Annual report of the Imperial Bacteriological Laboratory, Muktesar
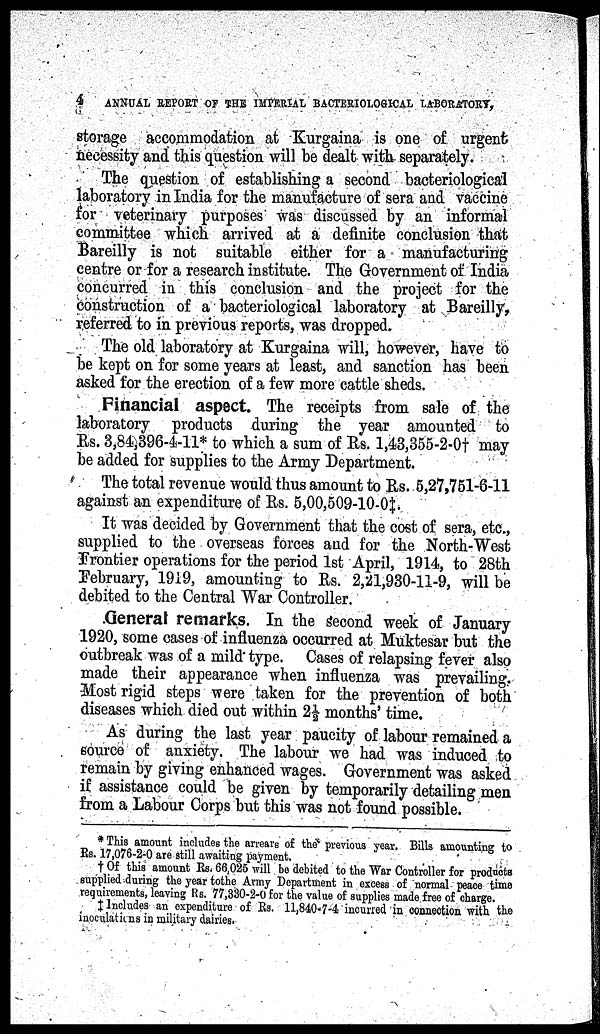
4
ANNUAL REPORT OF THE IMPERIAL BACTERIOLOGICAL LABORATORY,
storage accommodation at Kurgaina is one of urgent
necessity and this question will be dealt with separately.
The question of establishing a second bacteriological
laboratory in India for the manufacture of sera and vaccine
for veterinary purposes was discussed by an informal
committee which arrived at a definite conclusion that
Bareilly is not suitable either for a manufacturing
centre or for a research institute. The Government of India
concurred in this conclusion and the project for the
construction of a bacteriological laboratory at Bareilly,
referred to in previous reports, was dropped.
The old laboratory at Kurgaina will, however, have to
be kept on for some years at least, and sanction has been
asked for the erection of a few more cattle sheds.
Financial aspect. The receipts from sale of the
laboratory products during the year amounted to
Rs. 3,84,396-4-11* to which a sum of Rs. 1,43,355-2-0† may
be added for supplies to the Army Department.
The total revenue would thus amount to Rs. 5,27,751-6-11
against an expenditure of Rs. 5,00,509-10-0‡.
It was decided by Government that the cost of sera, etc.,
supplied to the overseas forces and for the North-West
Frontier operations for the period 1st April, 1914, to 28th
February, 1919, amounting to Rs. 2,21,930-11-9, will be
debited to the Central War Controller.
General remarks. In the second week of January
1920, some cases of influenza occurred at Muktesar but the
outbreak was of a mild type. Cases of relapsing fever also
made their appearance when influenza was prevailing.
Most rigid steps were taken for the prevention of both
diseases which died out within 2½ months' time.
As during the last year paucity of labour remained a
source of anxiety. The labour we had was induced to
remain by giving enhanced wages. Government was asked
if assistance could be given by temporarily detailing men
from a Labour Corps but this was not found possible.
* This amount includes the arrears of the previous year. Bills amounting to
Rs. 17,076-2-0 are still awaiting payment.
† Of this amount Rs. 66,025 will be debited to the War Controller for products
supplied during the year to the Army Department in excess of normal peace time
requirements, leaving Rs. 77,330-2-0 for the value of supplies made free of charge.
‡ Includes an expenditure of Rs. 11,840-7-4 incurred in connection with the
inoculations in military dairies.